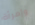
وإمرأة